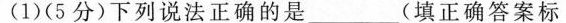
(1)(5分)下列说法正确的是____(填正确答案标